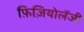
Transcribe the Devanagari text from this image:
फ़िज़ियोलॅजी